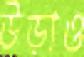
উড়াও